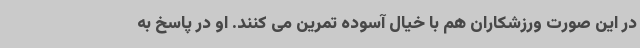
در این صورت ورزشکاران هم با خیال آسوده تمرین می کنند. او در پاسخ به